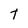
Character: T